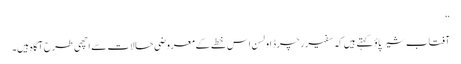
‘‘
آفتاب شیرپاؤ کہتے ہیں کہ سفیر رچرڈ اولسن اس خطے کے معروضی حالات سے اچھی طرح آگاہ ہیں۔